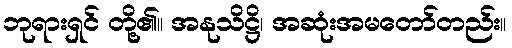
ဘုရားရှင် တို့၏။ အနုသိဋ္ဌိ၊ အဆုံးအမတော်တည်း။